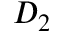
D _ { 2 }